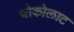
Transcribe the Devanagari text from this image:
चोकोलाट